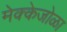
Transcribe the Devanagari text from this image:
मेक्केजोळा